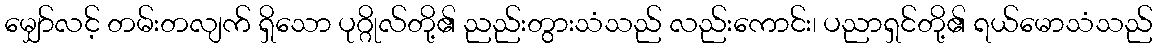
မျှော်လင့် တမ်းတလျက် ရှိသော ပုဂ္ဂိုလ်တို့၏ ညည်းတွားသံသည် လည်းကောင်း၊ ပညာရှင်တို့၏ ရယ်မောသံသည်